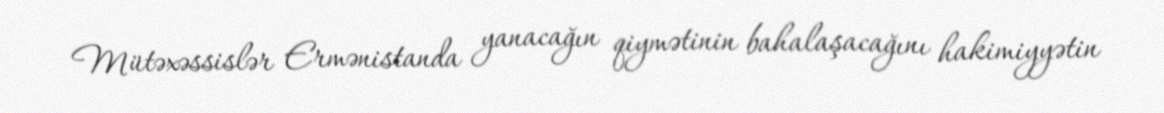
Mütəxəssislər Ermənistanda yanacağın qiymətinin bahalaşacağını hakimiyyətin